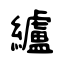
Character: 纑